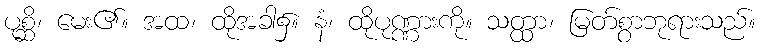
ပုစ္ဆိ၊ မေး၏။ အထ၊ ထိုအခါ၌။ နံ၊ ထိုပုဏ္ဏားကို။ သတ္ထာ၊ မြတ်စွာဘုရားသည်။